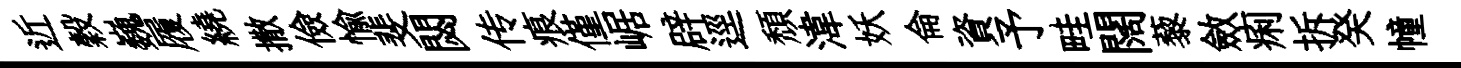
近穀巍履繞撒儉愉斐閟传痕僅崌辟逕頹湋妖侖資予畦闊藜斂痢拆癸幢